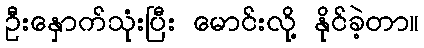
ဦးနှောက်သုံးပြီး မောင်းလို့ နိုင်ခဲ့တာ။